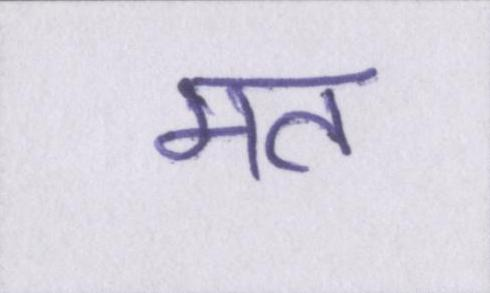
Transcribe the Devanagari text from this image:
मत